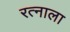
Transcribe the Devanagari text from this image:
रत्‍नाला